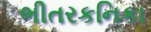
ભીતરકનિકા